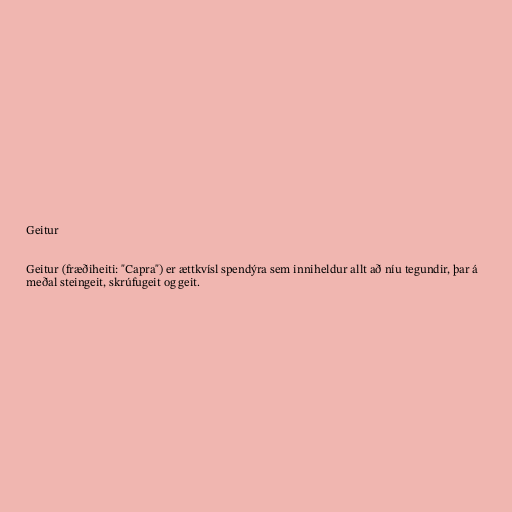
Geitur

Geitur (fræðiheiti: "Capra") er ættkvísl spendýra sem inniheldur allt að níu tegundir, þar á
meðal steingeit, skrúfugeit og geit.